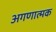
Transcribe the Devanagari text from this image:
अगणात्मक